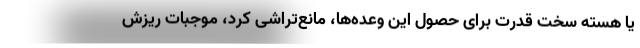
یا هسته سخت قدرت برای حصول این وعده‌ها، مانع‌تراشی کرد، موجبات ریزش